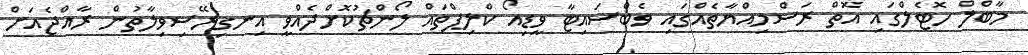
މާބްލް ހޮޓެލްގައި އޮތް ރަސްމިއްޔާތެއްގައި ވެބްސައިޓާ ވީޑިއޯ ކްލިޕްތައް ލޯންޗުކޮށްދެއްވީ އިނގިރޭސިވިލާތުން ރާއްޖެއަށް